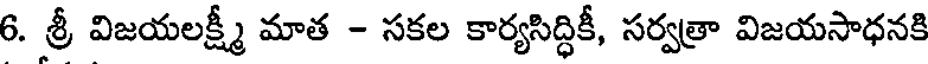
6. శ్రీ విజయలక్ష్మీ మాత - సకల కార్యసిద్ధికీ, సర్వత్రా విజయసాధనకి